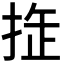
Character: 𢭉